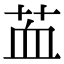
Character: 䒸